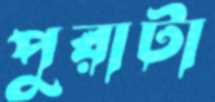
পুরাটা